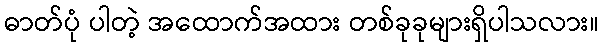
ဓာတ်ပုံ ပါတဲ့ အထောက်အထား တစ်ခုခုများရှိပါသလား။